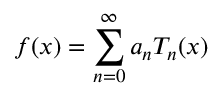
f ( x ) = \sum _ { n = 0 } ^ { \infty } a _ { n } T _ { n } ( x )